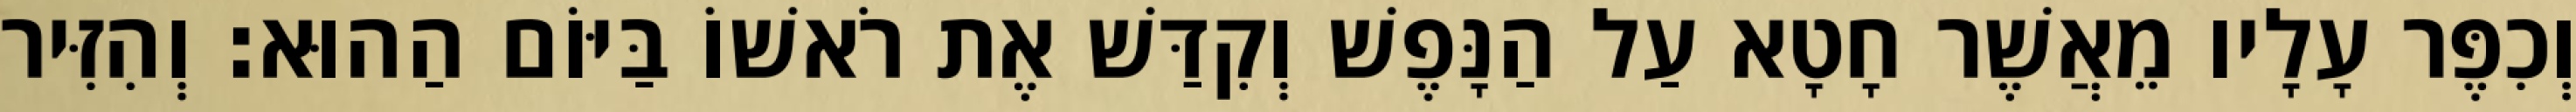
וְכִפֶּר עָלָיו מֵאֲשֶׁר חָטָא עַל הַנָּפֶשׁ וְקִדַּשׁ אֶת רֹאשׁוֹ בַּיּוֹם הַהוּא׃ וְהִזִּיר